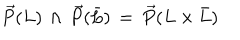
LaTeX: \overrightarrow { P } ( L ) \, \wedge \, \overrightarrow { P } ( \bar { L } ) \, = \, \overrightarrow { P } ( L \times \bar { L } )